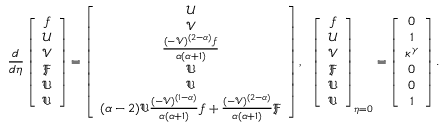
\frac { d } { d \eta } \left[ \begin{array} { c c c c c c c } { f } \\ { \mathcal { U } } \\ { \mathcal { V } } \\ { \mathfrak { F } } \\ { \mathfrak { U } } \\ { \mathfrak { V } } \end{array} \right] = \left[ \begin{array} { c c c c c c c } { \mathcal { U } } \\ { \mathcal { V } } \\ { \frac { ( - \mathcal { V } ) ^ { ( 2 - \alpha ) } f } { \alpha ( \alpha + 1 ) } } \\ { \mathfrak { U } } \\ { \mathfrak { V } } \\ { ( \alpha - 2 ) \mathfrak { V } \frac { ( - \mathcal { V } ) ^ { ( 1 - \alpha ) } } { \alpha ( \alpha + 1 ) } f + \frac { ( - \mathcal { V } ) ^ { ( 2 - \alpha ) } } { \alpha ( \alpha + 1 ) } \mathfrak { F } } \end{array} \right] , ~ ~ \left[ \begin{array} { c c c c c c c } { f } \\ { \mathcal { U } } \\ { \mathcal { V } } \\ { \mathfrak { F } } \\ { \mathfrak { U } } \\ { \mathfrak { V } } \end{array} \right] _ { \eta = 0 } = \left[ \begin{array} { c c c c c c c } { 0 } \\ { 1 } \\ { \kappa ^ { \gamma } } \\ { 0 } \\ { 0 } \\ { 1 } \end{array} \right] .